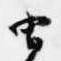
虫